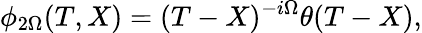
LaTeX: \phi_{2\Omega}(T,X)=(T-X)^{-i\Omega}\theta(T-X),